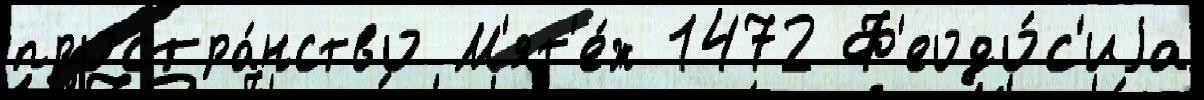
простра́нство М'ят'е́ж 1472 Ф'еодо́с'иjа